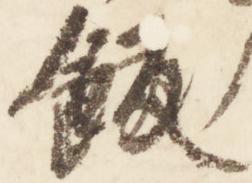
飯